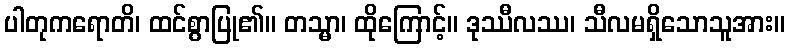
ပါတုကရောတိ၊ ထင်စွာပြု၏။ တသ္မာ၊ ထိုကြောင့်။ ဒုဿီလဿ၊ သီလမရှိသောသူအား။